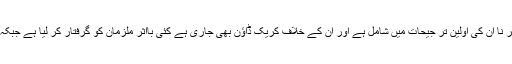
شہر سے بھتہ خوری،قبضہ گروپوں سمیت دیگر مافیاکا خاتمہ کر نا ان کی اولین تر جیحات میں شامل ہے اور ان کے خلاف کریک ڈاؤن بھی جاری ہے کئی بااثر ملزمان کو گرفتار کر لیا ہے جبکہ دیگر ملزموں کی گرفتاری کے لیے چھاپے مارے جا رہے ہیں۔